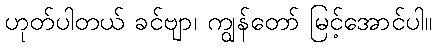
ဟုတ်ပါတယ် ခင်ဗျာ၊ ကျွန်တော် မြင့်အောင်ပါ။